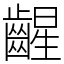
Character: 𫠛